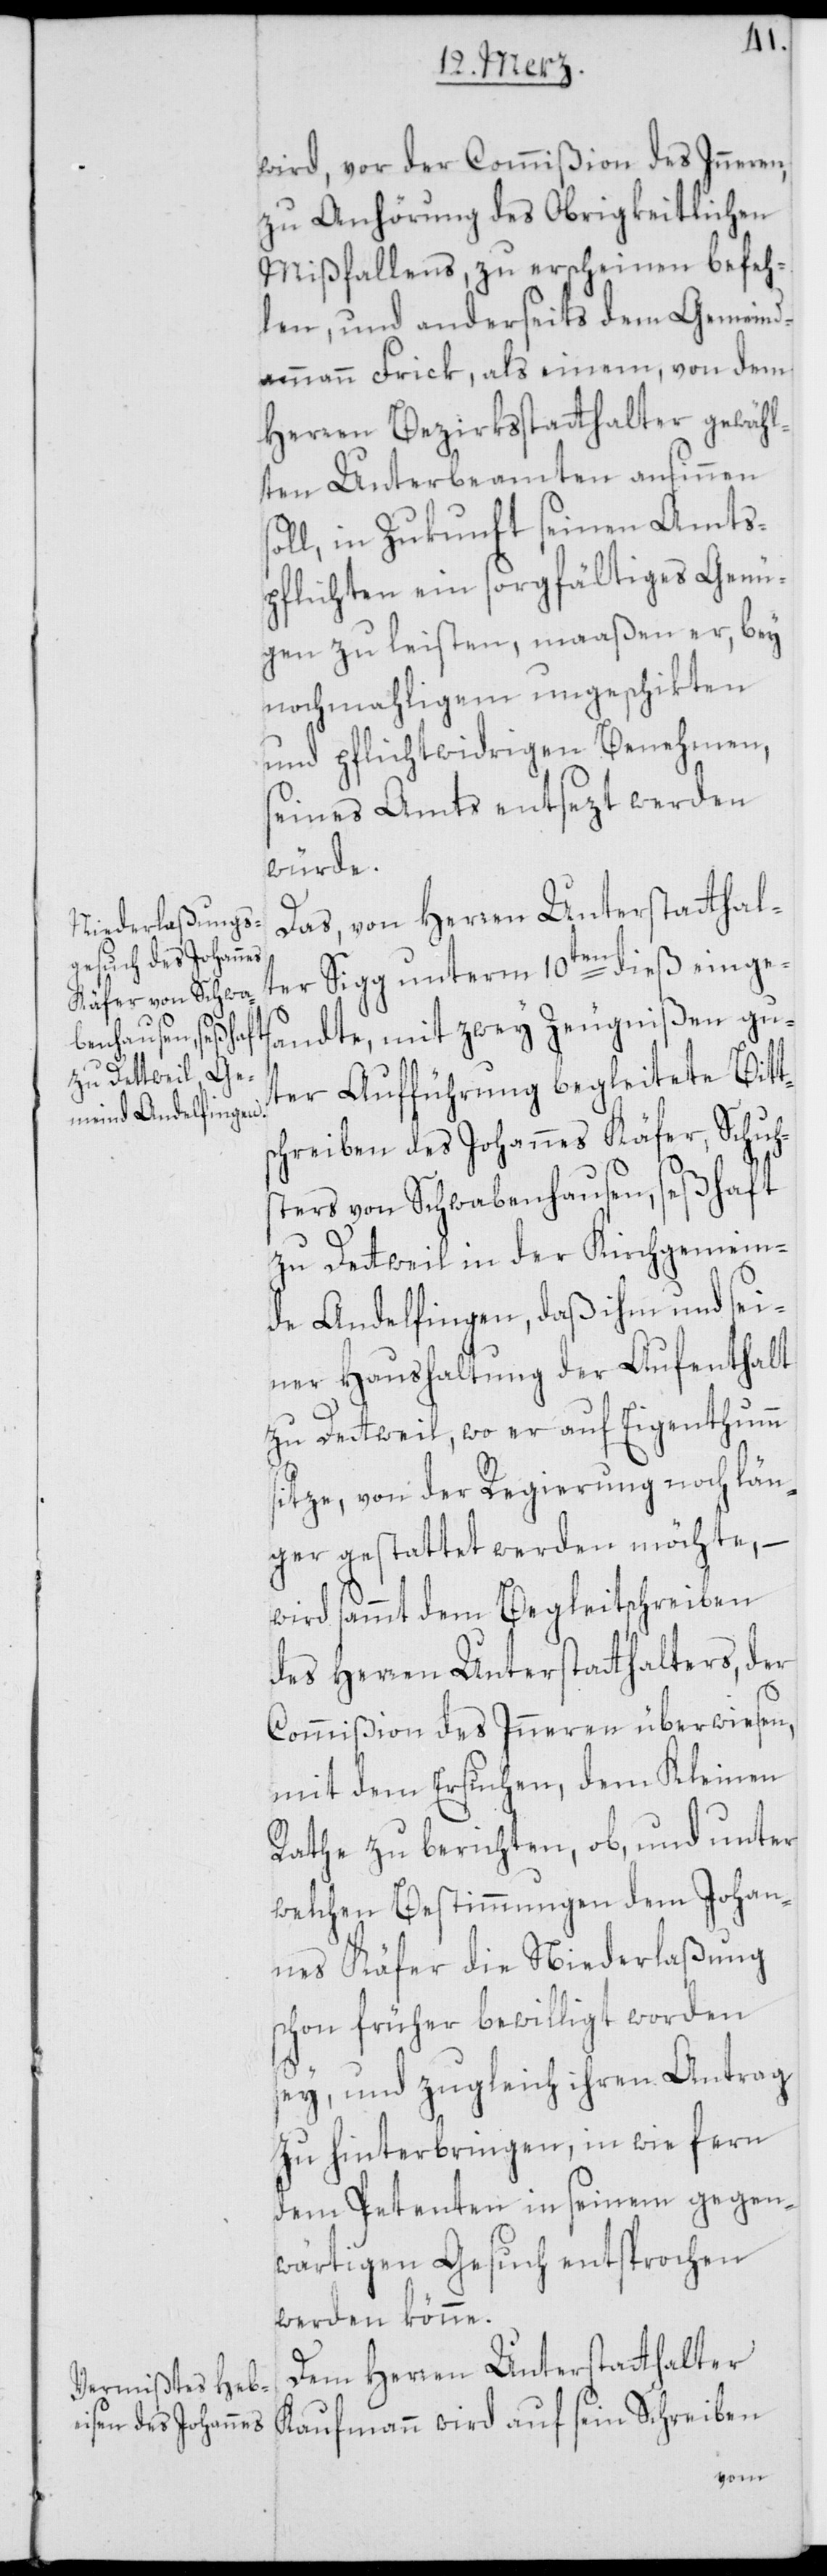
wird, vor der Commißion des Inneren,
zu Anhörung des Obrigkeitlichen
Mißfallens, zu erscheinen befeh¬
len, und anderseits dem Gemeind¬
ammann Frick, als einem von dem
Herren Bezirksstatthalter gewähl¬
ten Unterbeamten ansinnen
ll, in Zukunft seinen Amts¬
pflichten ein sorgfältiges Genü¬
gen zu leisten, maaßen er, bey
nochmahligem ungeschikten
und pflichtwidrigen Benehmen,
seines Amtes entsezt werden
würde.
Das, von Herren Unterstatthal¬
ter Sigg unterm 10ten dieß einges¬
andte, mit zwey Zeugnißen gu¬
ter Aufführung begleitete Bitt¬
schreiben des Johannes Käfer, Schus¬
ters von Schwabenhausen, seßhaft
zu Dettweil in der Kirchgemein¬
de Andelfingen, daß ihm und sei¬
ner Haushaltung der Aufenthalt
zu Dettweil, wo er auf Eigenthum s¬
itze, von der Regierung noch län¬
ger gestattet werden möchte, –
wird sammt dem Begleitschreiben
des Herren Unterstatthalters, der
Commißion des Inneren überwiesen,
mit dem Ersuchen, dem Kleinen
Rathe zu berichten, ob, und unter
welchen Bestimmungen dem Johan¬
nes Käfer die Niederlaßung
schon früher bewilligt worden
sey, und zugleich ihren Antrag
zu hinterbringen, in wie fern
dem Petenten in seinem gegen¬
wärtigen Gesuch entsprochen
werden könne.
Dem Herren Unterstatthalter
Kaufmann wird auf sein Schreiben
so¬